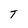
Character: T